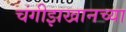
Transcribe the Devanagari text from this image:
चंगीझखानच्या